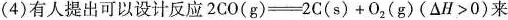
(4)有人提出可以设计反 $$2 C O ( g ) = 2 C ( s ) + O _ { 2 } ( g ) ( △ H > 0 )$$ 来